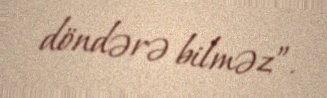
döndərə bilməz”.